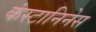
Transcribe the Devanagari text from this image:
कंस्टानिनेस